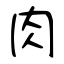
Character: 肉